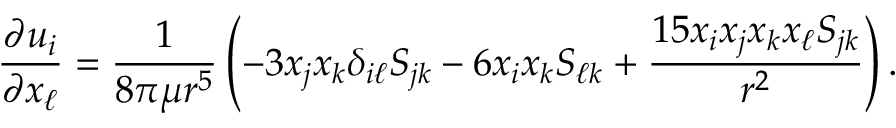
\frac { \partial u _ { i } } { \partial x _ { \ell } } = \frac { 1 } { 8 \pi \mu r ^ { 5 } } \left( - 3 x _ { j } x _ { k } \delta _ { i \ell } S _ { j k } - 6 x _ { i } x _ { k } S _ { \ell k } + \frac { 1 5 x _ { i } x _ { j } x _ { k } x _ { \ell } S _ { j k } } { r ^ { 2 } } \right) .